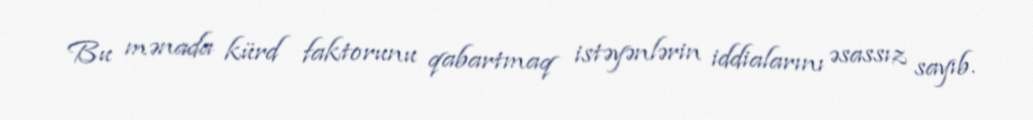
Bu mənada kürd faktorunu qabartmaq istəyənlərin iddialarını əsassız sayıb.